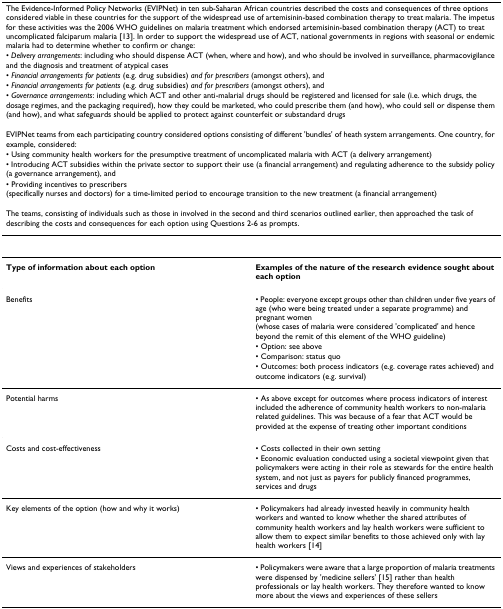
<table><thead><tr><td colspan="2"><b>The Evidence-Informed Policy Networks (EVIPNet) in ten sub-Saharan African countries described the costs and consequences of three options considered viable in these countries for the support of the widespread use of artemisinin-based combination therapy to treat malaria. The impetus for these activities was the 2006 WHO guidelines on malaria treatment which endorsed artemisinin-based combination therapy (ACT) to treat uncomplicated falciparum malaria [13]. In order to support the widespread use of ACT, national governments in regions with seasonal or endemic malaria had to determine whether to confirm or change:</b></td></tr><tr><td colspan="2"><b>• <i>Delivery arrangements</i>: including who should dispense ACT (when, where and how), and who should be involved in surveillance, pharmacovigilance and the diagnosis and treatment of atypical cases</b></td></tr><tr><td colspan="2"><b>• <i>Financial arrangements for patients </i>(e.g. drug subsidies) <i>and for prescribers </i>(amongst others), and</b></td></tr><tr><td colspan="2"><b>• <i>Financial arrangements for patients </i>(e.g. drug subsidies) <i>and for prescribers </i>(amongst others), and</b></td></tr><tr><td colspan="2"><b>• <i>Governance arrangements</i>: including which ACT and other anti-malarial drugs should be registered and licensed for sale (i.e. which drugs, the dosage regimes, and the packaging required), how they could be marketed, who could prescribe them (and how), who could sell or dispense them (and how), and what safeguards should be applied to protect against counterfeit or substandard drugs</b></td></tr><tr><td colspan="2"><b>EVIPNet teams from each participating country considered options consisting of different &#x27;bundles&#x27; of heath system arrangements. One country, for example, considered:</b></td></tr><tr><td colspan="2"><b>• Using community health workers for the presumptive treatment of uncomplicated malaria with ACT (a delivery arrangement)</b></td></tr><tr><td colspan="2"><b>• Introducing ACT subsidies within the private sector to support their use (a financial arrangement) and regulating adherence to the subsidy policy (a governance arrangement), and</b></td></tr><tr><td colspan="2"><b>• Providing incentives to prescribers (specifically nurses and doctors) for a time-limited period to encourage transition to the new treatment (a financial arrangement)</b></td></tr><tr><td colspan="2"><b>The teams, consisting of individuals such as those in involved in the second and third scenarios outlined earlier, then approached the task of describing the costs and consequences for each option using Questions 2-6 as prompts.</b></td></tr></thead><tbody><tr><td><b>Type of information about each option</b></td><td><b>Examples of the nature of the research evidence sought about each option</b></td></tr><tr><td>Benefits</td><td>• People: everyone except groups other than children under five years of age (who were being treated under a separate programme) and pregnant women (whose cases of malaria were considered &#x27;complicated&#x27; and hence beyond the remit of this element of the WHO guideline)</td></tr><tr><td></td><td>• Option: see above</td></tr><tr><td></td><td>• Comparison: status quo</td></tr><tr><td></td><td>• Outcomes: both process indicators (e.g. coverage rates achieved) and outcome indicators (e.g. survival)</td></tr><tr><td>Potential harms</td><td>• As above except for outcomes where process indicators of interest included the adherence of community health workers to non-malaria related guidelines. This was because of a fear that ACT would be provided at the expense of treating other important conditions</td></tr><tr><td>Costs and cost-effectiveness</td><td>• Costs collected in their own setting</td></tr><tr><td></td><td>• Economic evaluation conducted using a societal viewpoint given that policymakers were acting in their role as stewards for the entire health system, and not just as payers for publicly financed programmes, services and drugs</td></tr><tr><td>Key elements of the option (how and why it works)</td><td>• Policymakers had already invested heavily in community health workers and wanted to know whether the shared attributes of community health workers and lay health workers were sufficient to allow them to expect similar benefits to those achieved only with lay health workers [14]</td></tr><tr><td>Views and experiences of stakeholders</td><td>• Policymakers were aware that a large proportion of malaria treatments were dispensed by &#x27;medicine sellers&#x27; [15] rather than health professionals or lay health workers. They therefore wanted to know more about the views and experiences of these sellers</td></tr></tbody></table>